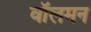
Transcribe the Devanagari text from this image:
वॉलमन